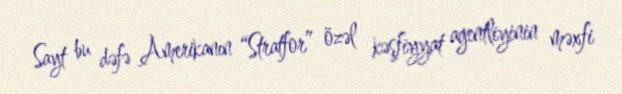
Sayt bu dəfə Amerikanın “Stratfor” özəl kəşfiyyat agentliyinin məxfi